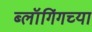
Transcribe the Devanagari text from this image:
ब्लॉगिंगच्या